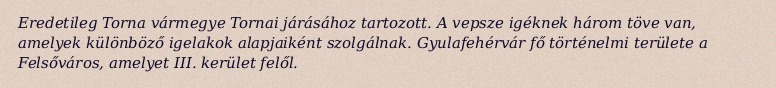
Eredetileg Torna vármegye Tornai járásához tartozott. A vepsze igéknek három töve van, amelyek különböző igelakok alapjaiként szolgálnak. Gyulafehérvár fő történelmi területe a Felsőváros, amelyet III. kerület felől.